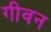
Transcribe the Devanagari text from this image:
गीवन